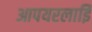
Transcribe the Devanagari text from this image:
आपयरलाईि